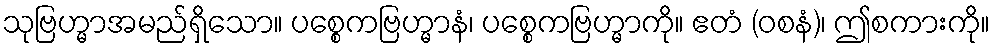
သုဗြဟ္မာအမည်ရှိသော။ ပစ္စေကဗြဟ္မာနံ၊ ပစ္စေကဗြဟ္မာကို။ ဧတံ (ဝစနံ)၊ ဤစကားကို။